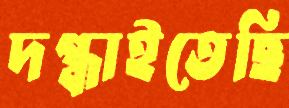
দগ্ধাইতেছি